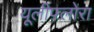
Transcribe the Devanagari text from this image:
यूलीफ़्लोरा